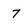
Character: 7